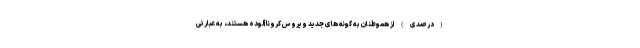
(درصدی) از هموطنان به گونه های جدید ویروس کرونا آلوده هستند، به عبارتی